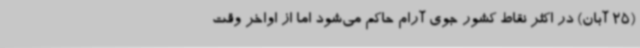
(25 آبان) در اکثر نقاط کشور جوی آرام حاکم می‌شود اما از اواخر وقت